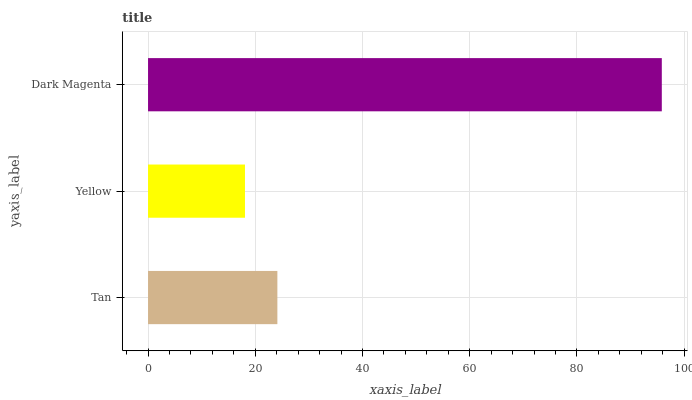
| yaxis_label | bars |
 | --- | --- |
 | Tan | 24.1 |
 | Yellow | 18.1 |
 | Dark Magenta | 95.8 |